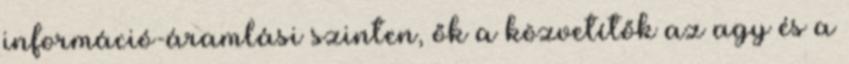
információ-áramlási szinten, ők a közvetítők az agy és a